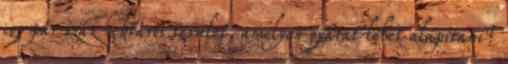
egy pár száz hektáros terület, amelyen gyárat lehet alapítani?